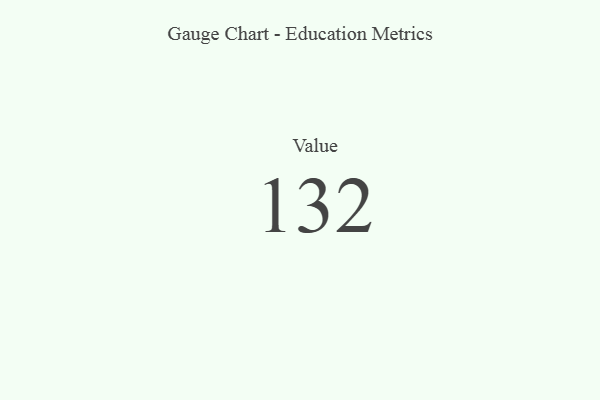
{"axis": {"x": "Metric", "y": "Value"}, "legend": [""], "data": [{"x": "Value", "y": 132, "type": ""}]}